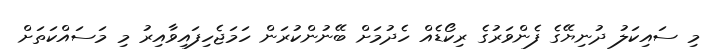
މި ސައިކަލު ދުނިޔޭގެ ފެންވަރުގެ ރިކޯޑެއް ހެދުމަށް ބޭނުންކުރަން ހަމަޖެހިފައިވާއިރު މި މަސައްކަތަށް